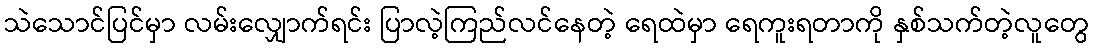
သဲသောင်ပြင်မှာ လမ်းလျှောက်ရင်း ပြာလဲ့ကြည်လင်နေတဲ့ ရေထဲမှာ ရေကူးရတာကို နှစ်သက်တဲ့လူတွေ